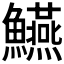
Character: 𩽒